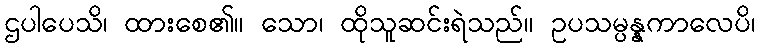
ဌပါပေသိ၊ ထားစေ၏။ သော၊ ထိုသူဆင်းရဲသည်။ ဥပသမ္ပန္နကာလေပိ၊